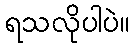
ရသလိုပါပဲ။